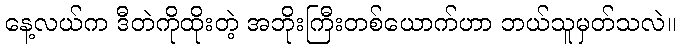
နေ့လယ်က ဒီတဲကိုထိုးတဲ့ အဘိုးကြီးတစ်ယောက်ဟာ ဘယ်သူမှတ်သလဲ။